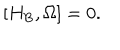
\left[ H _ { \mathrm { B } } , \Omega \right] = 0 .